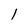
Character: 1